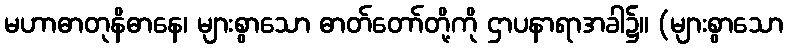
မဟာဓာတုနိဓာနေ၊ များစွာသော ဓာတ်တော်တို့ကို ဌာပနာရာအခါ၌။ (များစွာသော